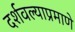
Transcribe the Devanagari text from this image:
दर्शवल्याप्रमाणे